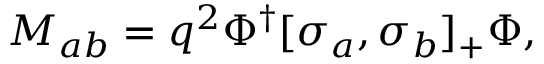
{ \cal M } _ { a b } = q ^ { 2 } \Phi ^ { \dagger } [ \sigma _ { a } , \sigma _ { b } ] _ { + } \Phi ,